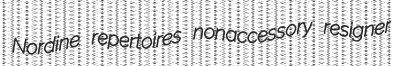
Nordine repertoires nonaccessory resigner